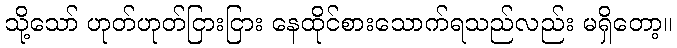
သို့သော် ဟုတ်ဟုတ်ငြားငြား နေထိုင်စားသောက်ရသည်လည်း မရှိတော့။